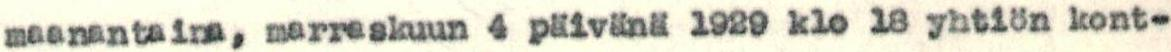
maanantaia, marraskuun 4 päivänä 1989 klo 18 yhtiön kont-